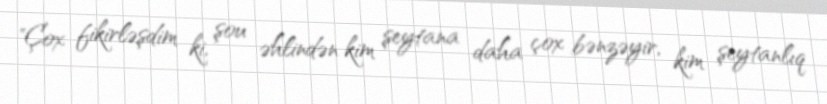
"Çox fikirləşdim ki, şou əhlindən kim şeytana daha çox bənzəyir, kim şeytanlıq